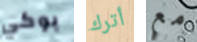
بوكي أترك مع